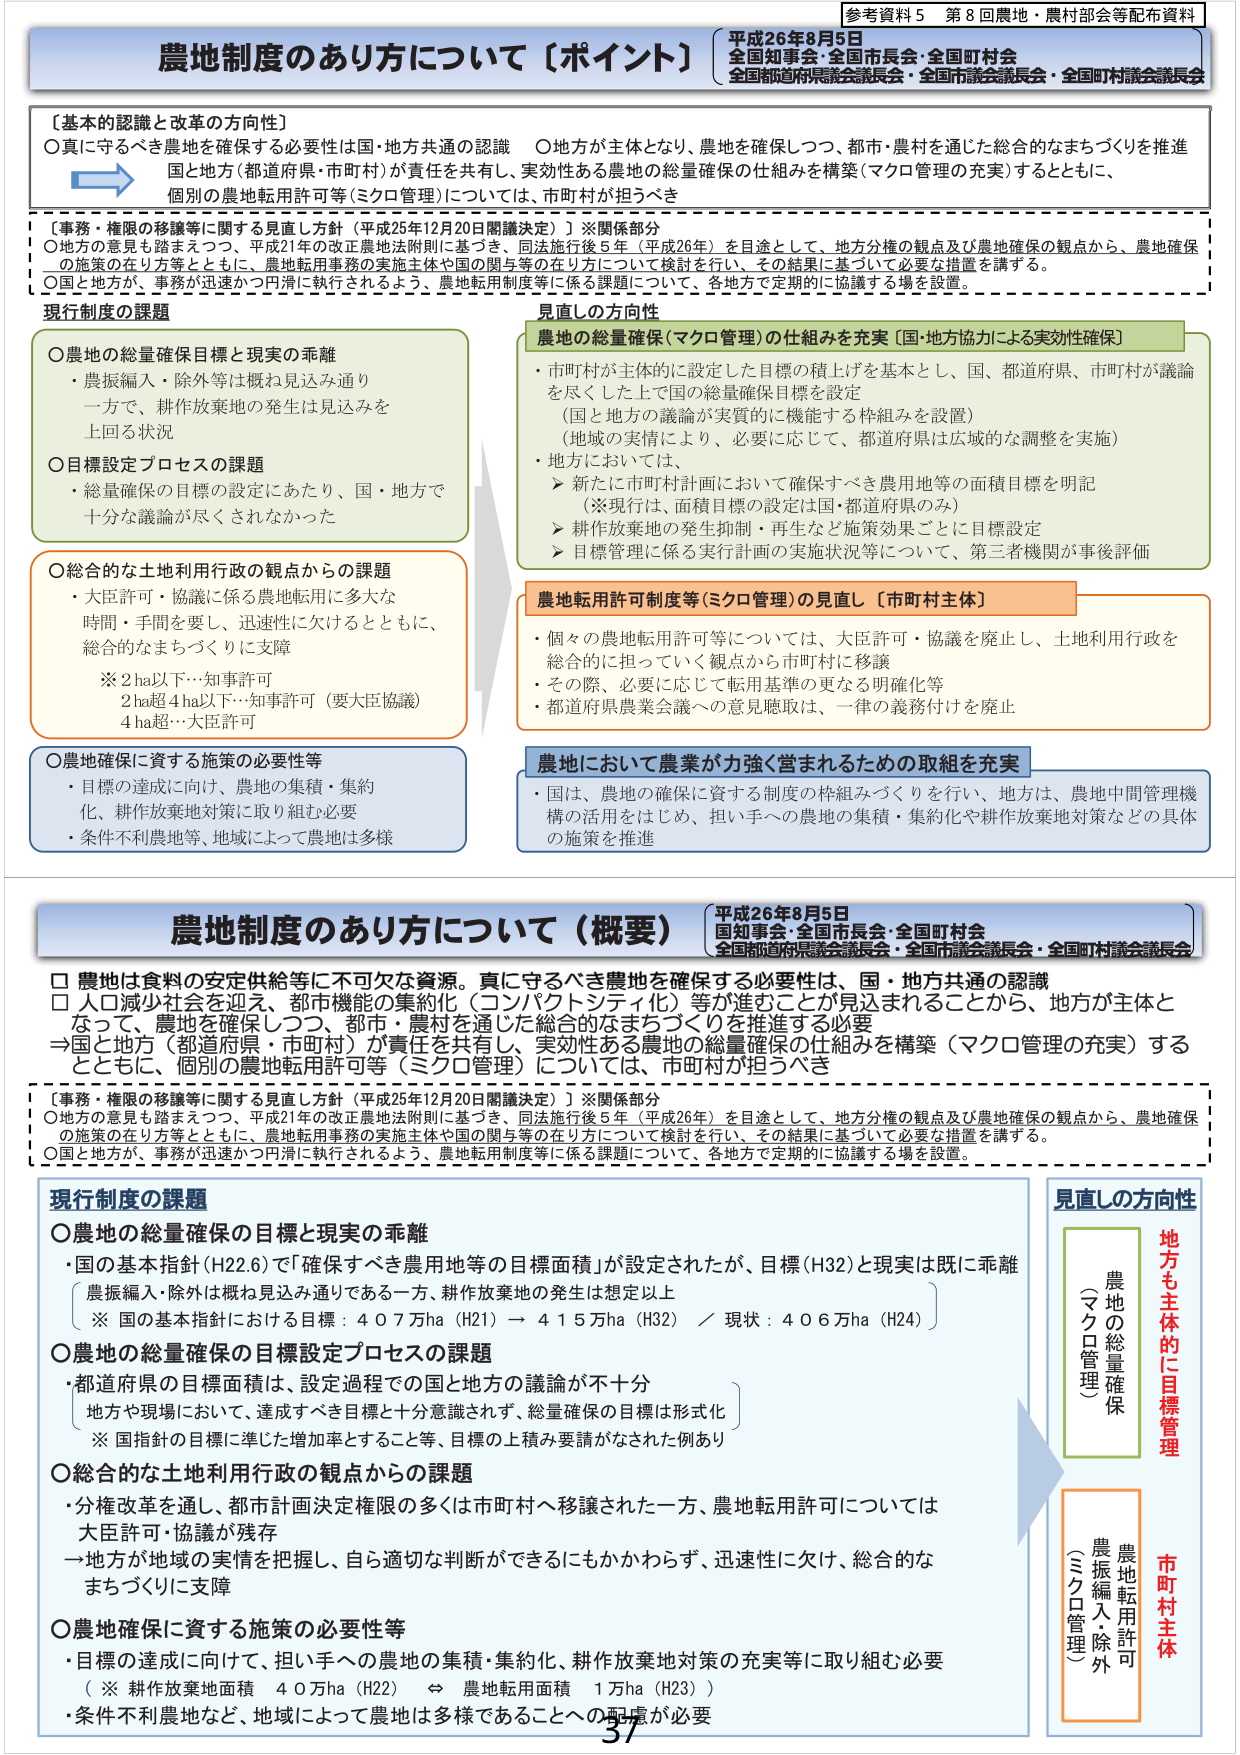
農地制度のあり方について〔ポイント〕
平成26年8月5日
全国知事会・全国市長会・全国町村会
全国都道府県議会議長会・全国市議会議長会・全国町村議会議長会
参考資料5 第8回農地・農村部会等配布資料

〔基本的認識と改革の方向性〕
○真に守るべき農地を確保する必要性は国・地方共通の認識
○地方が主体となり、農地を確保しつつ、都市・農村を通じた総合的なまちづくりを推進
国と地方（都道府県・市町村）が責任を共有し、実効性ある農地の総量確保の仕組みを構築（マクロ管理の充実）するとともに、
個別の農地転用許可等（ミクロ管理）については、市町村が担うべき

〔事務・権限の移譲等に関する見直し方針（平成25年12月20日閣議決定）〕※関係部分
○地方の意見も踏まえつつ、平成21年の改正農地法附則に基づき、同法施行後5年（平成26年）を目途として、地方分権の観点及び農地確保の観点から、農地確保
の施策の在り方等とともに、農地転用事務の実施主体や国の関与等の在り方について検討を行い、その結果に基づいて必要な措置を講ずる。
○国と地方が、事務が迅速かつ円滑に執行されるよう、農地転用制度等に係る課題について、各地方で定期的に協議する場を設置。

現行制度の課題
○農地の総量確保目標と現実の乖離
・農振編入・除外等は概ね見込み通り
一方で、耕作放棄地の発生は見込みを
上回る状況
○目標設定プロセスの課題
・総量確保の目標の設定にあたり、国・地方で
十分な議論が尽くされなかった
○総合的な土地利用行政の観点からの課題
・大臣許可・協議に係る農地転用に多大な
時間・手間を要し、迅速性に欠けるとともに、
総合的なまちづくりに支障
※2ha以下…知事許可
2ha超4ha以下…知事許可（要大臣協議）
4ha超…大臣許可
○農地確保に資する施策の必要性等
・目標の達成に向け、農地の集積・集約
化、耕作放棄地対策に取り組む必要
・条件不利農地等、地域によって農地は多様

見直しの方向性
農地の総量確保（マクロ管理）の仕組みを充実［国・地方協力による実効性確保］
・市町村が主体的に設定した目標の積上げを基本とし、国、都道府県、市町村が議論
を尽くした上で国の総量確保目標を設定
（国と地方の議論が実質的に機能する枠組みを設置）
（地域の実情により、必要に応じて、都道府県は広域的な調整を実施）
・地方においては、
▶新たに市町村計画において確保すべき農用地等の面積目標を明記
（※現行は、面積目標の設定は国・都道府県のみ）
▶耕作放棄地の発生抑制・再生など施策効果ごとに目標設定
▶目標管理に係る実行計画の実施状況等について、第三者機関が事後評価

農地転用許可制度等（ミクロ管理）の見直し［市町村主体］
・個々の農地転用許可等については、大臣許可・協議を廃止し、土地利用行政を
総合的に担っていく観点から市町村に移譲
・その際、必要に応じて転用基準の更なる明確化等
・都道府県農業会議への意見聴取は、一律の義務付けを廃止

農地において農業が力強く営まれるための取組を充実
・国は、農地の確保に資する制度の枠組みづくりを行い、地方は、農地中間管理機
構の活用をはじめ、担い手への農地の集積・集約化や耕作放棄地対策などの具体
の施策を推進

農地制度のあり方について（概要）
平成26年8月5日
全国知事会・全国市長会・全国町村会
全国都道府県議会議長会・全国市議会議長会・全国町村議会議長会

□ 農地は食料の安定供給等に不可欠な資源。真に守るべき農地を確保する必要性は、国・地方共通の認識
□ 人口減少社会を迎え、都市機能の集約化（コンパクトシティ化）等が進むことが見込まれることから、地方が主体と
なって、農地を確保しつつ、都市・農村を通じた総合的なまちづくりを推進する必要
→国と地方（都道府県・市町村）が責任を共有し、実効性ある農地の総量確保の仕組みを構築（マクロ管理の充実）する
とともに、個別の農地転用許可等（ミクロ管理）については、市町村が担うべき

〔事務・権限の移譲等に関する見直し方針（平成25年12月20日閣議決定）〕※関係部分
○地方の意見も踏まえつつ、平成21年の改正農地法附則に基づき、同法施行後5年（平成26年）を目途として、地方分権の観点及び農地確保の観点から、農地確保
の施策の在り方等とともに、農地転用事務の実施主体や国の関与等の在り方について検討を行い、その結果に基づいて必要な措置を講ずる。
○国と地方が、事務が迅速かつ円滑に執行されるよう、農地転用制度等に係る課題について、各地方で定期的に協議する場を設置。

現行制度の課題
○農地の総量確保の目標と現実の乖離
・国の基本指針（H22.6）で「確保すべき農用地等の目標面積」が設定されたが、目標（H32）と現実は既に乖離
（農振編入・除外は概ね見込み通りである一方、耕作放棄地の発生は想定以上
※ 国の基本指針における目標：407万ha（H21）→415万ha（H32）／現状：406万ha（H24））
○農地の総量確保の目標設定プロセスの課題
・都道府県の目標面積は、設定過程での国と地方の議論が不十分
（地方や現場において、達成すべき目標と十分意識されず、総量確保の目標は形式化
※ 国指針の目標に準じた増加率とすること等、目標の上積み要請がなされた例あり）
○総合的な土地利用行政の観点からの課題
・分権改革を通じ、都市計画決定権限の多くは市町村へ移譲された一方、農地転用許可については
大臣許可・協議が残存
一方が地域の実情を把握し、自ら適切な判断ができるにもかかわらず、迅速性に欠け、総合的な
まちづくりに支障
○農地確保に資する施策の必要性等
・目標の達成に向けて、担い手への農地の集積・集約化、耕作放棄地対策の充実等に取り組む必要
（※ 耕作放棄地面積 40万ha（H22）⇔ 農地転用面積 1万ha（H23））
・条件不利農地など、地域によって農地は多様であることへの配慮が必要

見直しの方向性
地方も主体的に目標管理
農地の総量確保
（マクロ管理）
市町村主体
農地転用許可
（ミクロ管理）
農振編入除外

37